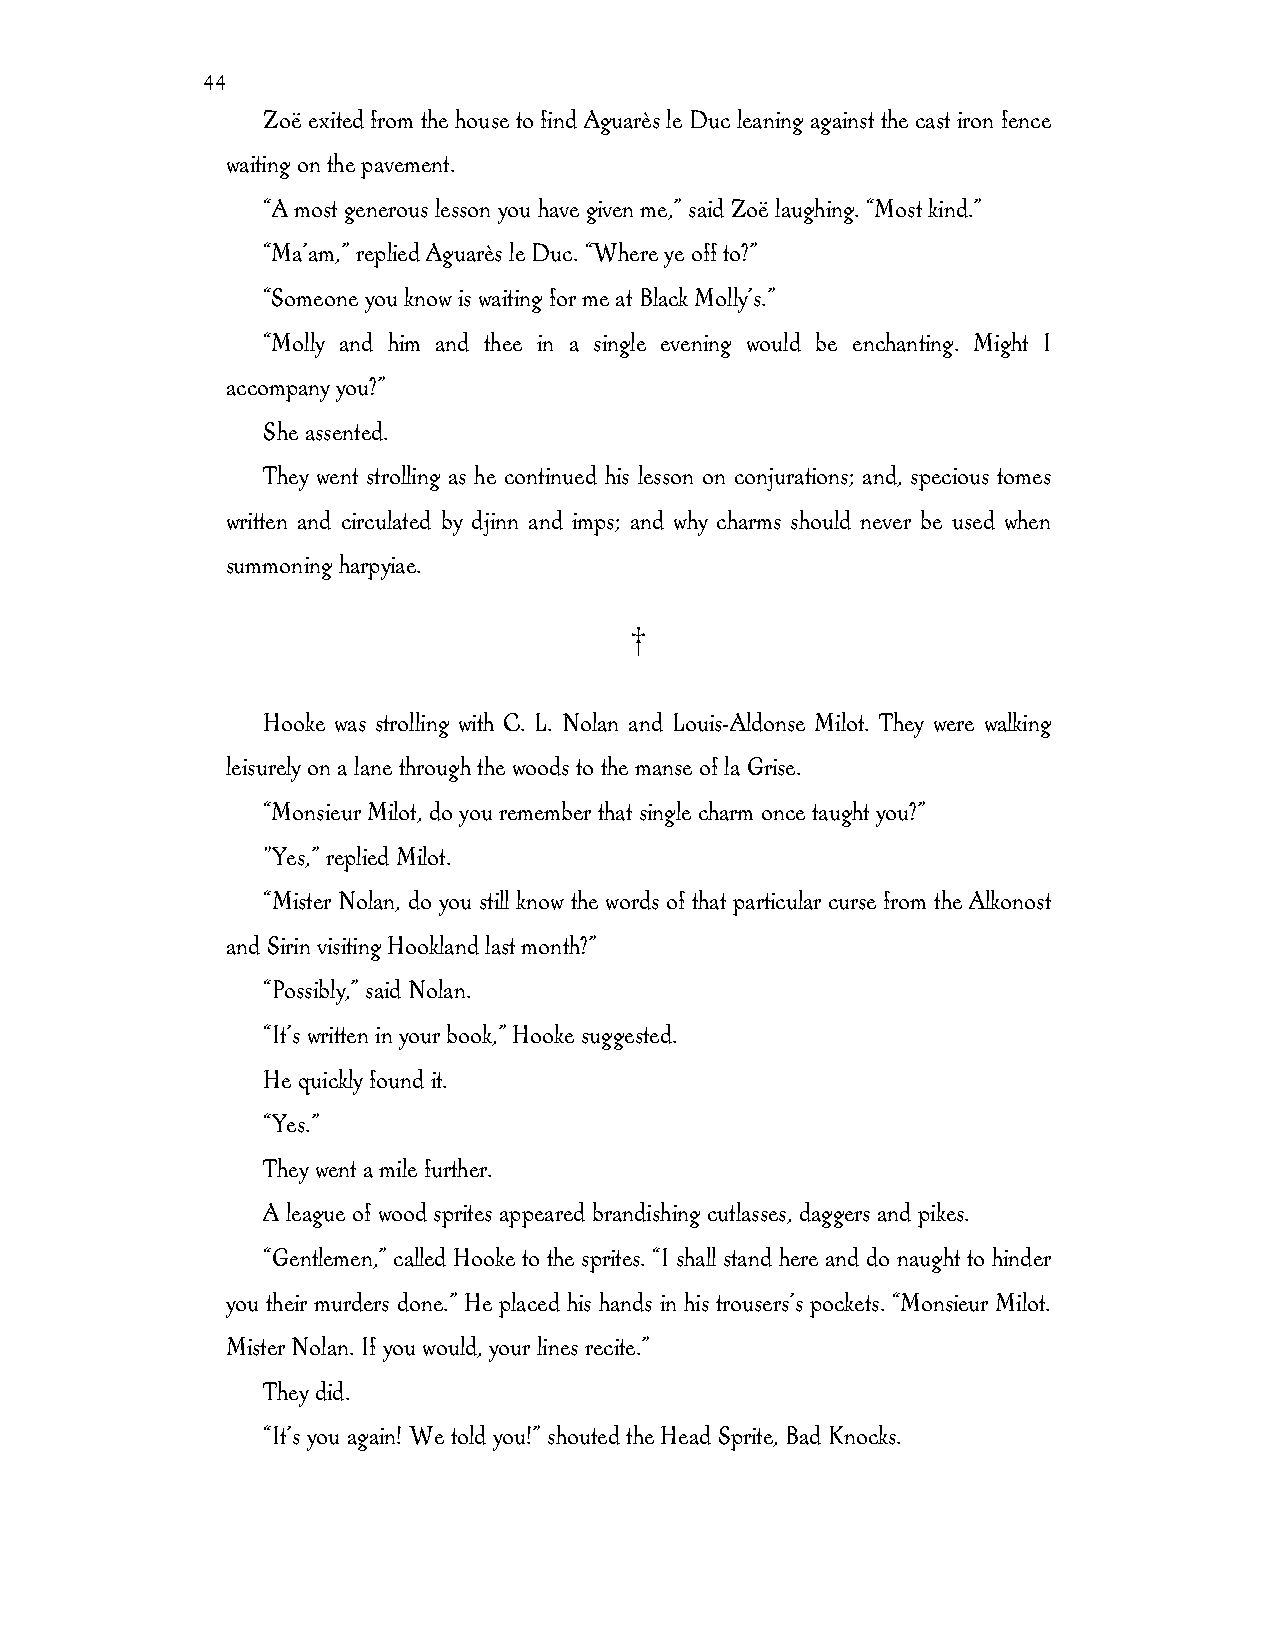
44
 Zoë exited from the house to find Aguarès le Duc leaning against the cast iron fence
 waiting on the pavement.
 “A most generous lesson you have given me,” said Zoë laughing. “Most kind.”
 “Ma’am,” replied Aguarès le Duc. “Where ye off to?”
 “Someone you know is waiting for me at Black Molly’s.”
 “Molly and him and thee in a single evening would be enchanting. Might I
 accompany you?”
 She assented.
 They went strolling as he continued his lesson on conjurations; and, specious tomes
 written and circulated by djinn and imps; and why charms should never be used when
 summoning harpyiae.
 †
 Hooke was strolling with C. L. Nolan and Louis-Aldonse Milot. They were walking
 leisurely on a lane through the woods to the manse of la Grise.
 “Monsieur Milot, do you remember that single charm once taught you?”
 "Yes,” replied Milot.
 “Mister Nolan, do you still know the words of that particular curse from the Alkonost
 and Sirin visiting Hookland last month?”
 “Possibly,” said Nolan.
 “It’s written in your book,” Hooke suggested.
 He quickly found it.
 “Yes.”
 They went a mile further.
 A league of wood sprites appeared brandishing cutlasses, daggers and pikes.
 “Gentlemen,” called Hooke to the sprites. “I shall stand here and do naught to hinder
 you their murders done.” He placed his hands in his trousers’s pockets. “Monsieur Milot.
 Mister Nolan. If you would, your lines recite.”
 They did.
 “It’s you again! We told you!” shouted the Head Sprite, Bad Knocks.